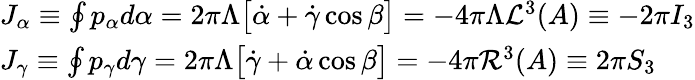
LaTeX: \begin{array}{l}{{J_{\alpha}\equiv\oint p_{\alpha}d\alpha=2\pi\Lambda\bigl[\dot{\alpha}+\dot{\gamma}\cos\beta\bigr]=-4\pi\Lambda{\cal L}^{3}(A)\equiv-2\pi I_{3}}}\\ {{J_{\gamma}\equiv\oint p_{\gamma}d\gamma=2\pi\Lambda\bigl[\dot{\gamma}+\dot{\alpha}\cos\beta\bigr]=-4\pi{\cal R}^{3}(A)\equiv 2\pi S_{3}}}\end{array}